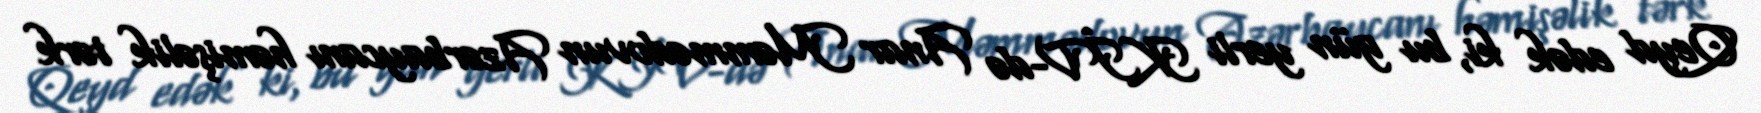
Qeyd edək ki, bu gün yerli KİV-də Anar Məmmədovun Azərbaycanı həmişəlik tərk